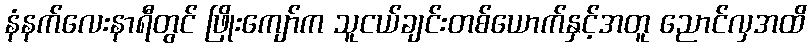
နံနက်လေးနာရီတွင် ဖြိုးကျော်က သူငယ်ချင်းတစ်ယောက်နှင့်အတူ ညောင်လှအထိ